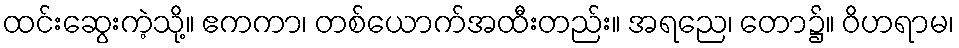
ထင်းဆွေးကဲ့သို့။ ဧကကာ၊ တစ်ယောက်အထီးတည်း။ အရညေ၊ တော၌။ ဝိဟရာမ၊